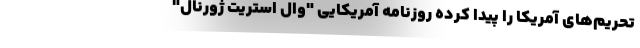
تحریم‌های آمریکا را پیدا کرده روزنامه آمریکایی "وال استریت ژورنال"